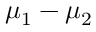
\mu _ { 1 } - \mu _ { 2 }